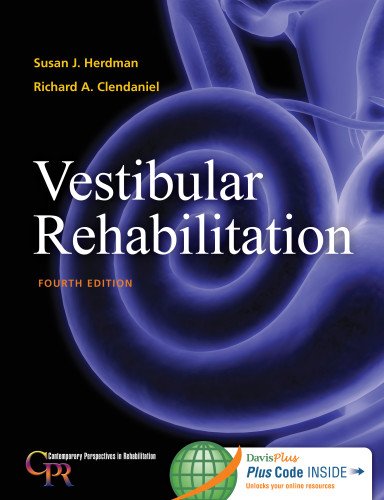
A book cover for Vestibular Rehabilitation (Contemporary Perspectives in Rehabilitation); Susan J. Herdman PT  PhD  FAPTA; Medical Books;